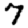
Digit: 7